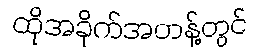
ထိုအခိုက်အတန့်တွင်